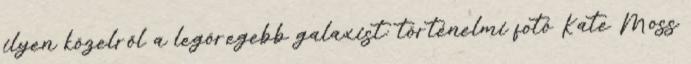
ilyen közelről a legöregebb galaxist: történelmi fotó Kate Moss